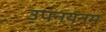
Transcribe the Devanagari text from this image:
उपनयनम